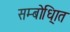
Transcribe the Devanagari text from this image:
सम्बोधि्ात